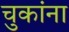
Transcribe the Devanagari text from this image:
चुकांना